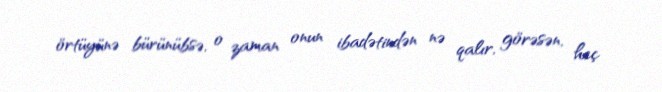
örtüyünə bürünübsə, o zaman onun ibadətindən nə qalır, görəsən, heç